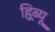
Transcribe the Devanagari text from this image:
हिब्र्यू